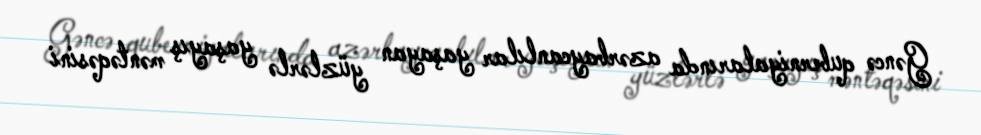
Gəncə quberniyalarında azərbaycanlılar yaşayan yüzlərlə yaşayış məntəqəsini